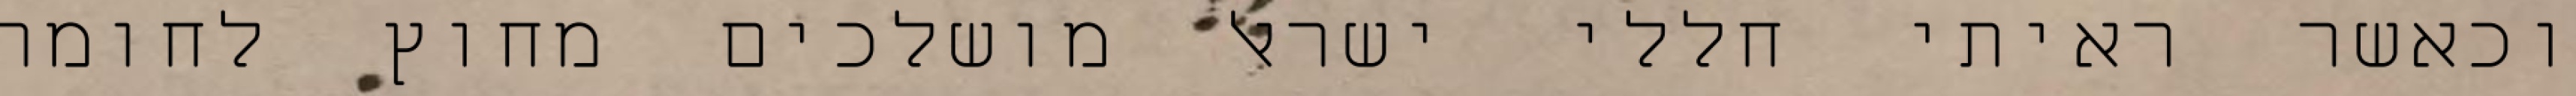
וכאשר ראיתי חללי ישראל מושלכים מחוץ לחומה